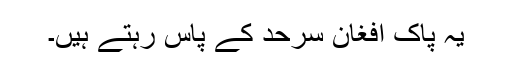
یہ پاک افغان سرحد کے پاس رہتے ہیں۔